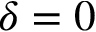
\delta = 0